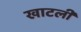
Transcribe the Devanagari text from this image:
खाटली